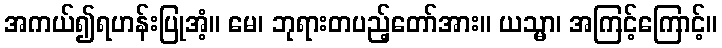
အကယ်၍ရဟန်းပြုအံ့။ မေ၊ ဘုရားတပည့်တော်အား။ ယသ္မာ၊ အကြင့်ကြောင့်။